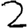
Digit: 2